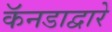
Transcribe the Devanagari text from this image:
कॅनडाद्वारे